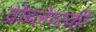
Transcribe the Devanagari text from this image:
व्रोब्लेव्स्की